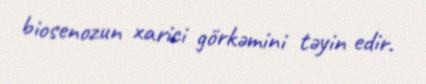
biosenozun xarici görkəmini təyin edir.